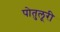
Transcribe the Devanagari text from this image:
पोतुलूरी